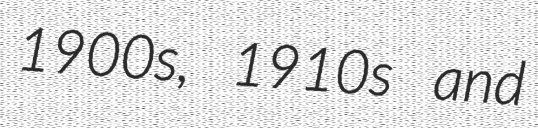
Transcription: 1900s, 1910s and